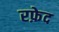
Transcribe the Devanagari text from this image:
रफ़ेद